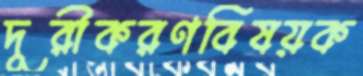
দূরীকরণবিষয়ক